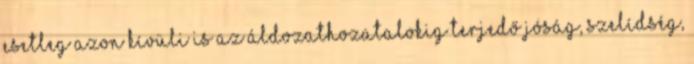
esetleg azon kívüli is az áldozathozatalokig terjedő jóság, szelídség,